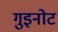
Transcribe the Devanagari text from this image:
गुइनोट